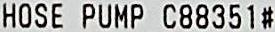
HOSE PUMP C88351#